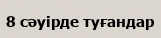
8 сәуірде туғандар